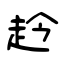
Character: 赺